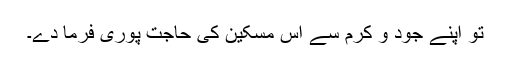
تو اپنے جُود و کرم سے اس مسکین کی حاجت پوری فرما دے۔